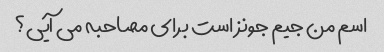
اسم من جیم جونز است برای مصاحبه می آیی؟